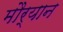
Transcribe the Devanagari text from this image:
मौर्यान